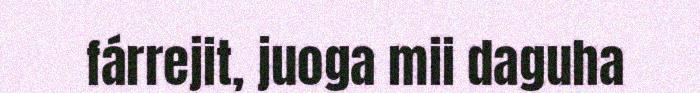
fárrejit, juoga mii daguha